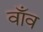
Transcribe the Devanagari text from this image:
वाँव